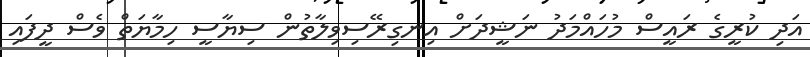
އަދި ކުރީގެ ރައީސް މުހައްމަދު ނަޝީދަށް އިނގިރޭސިވިލާތުން ސިޔާސީ ހިމާޔަތް ވެސް ދީފައި